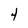
Character: 4